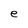
Character: e